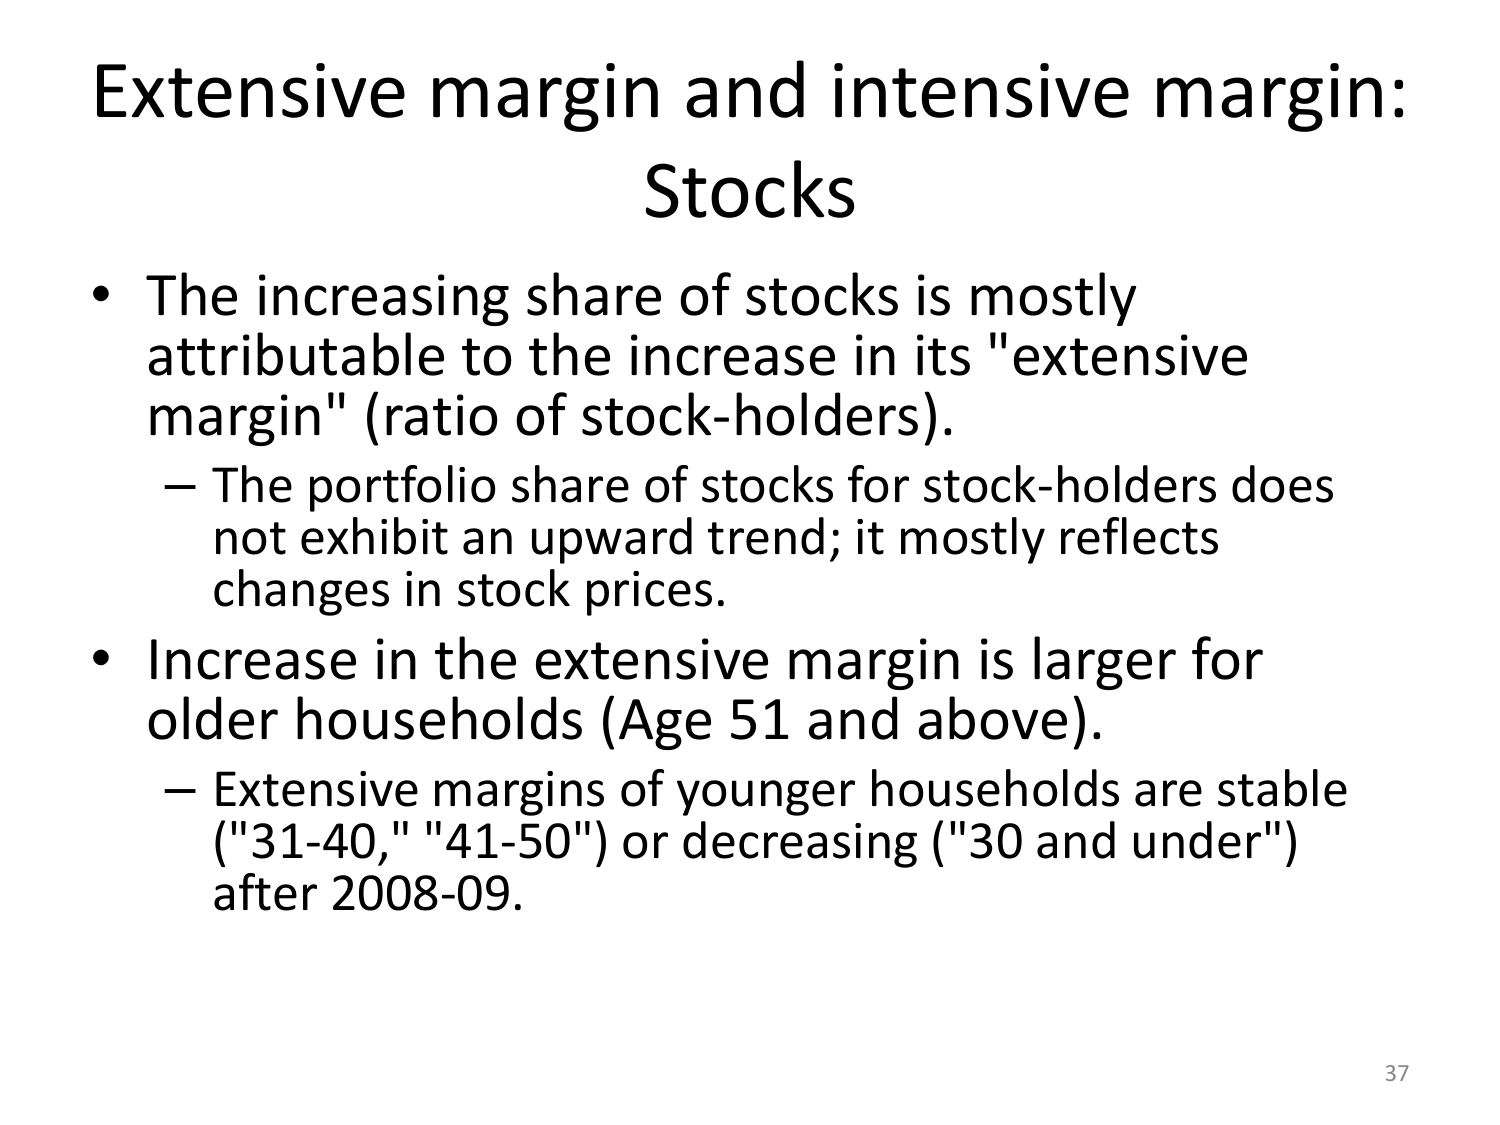
Extensive margin and intensive margin:
Stocks

• The increasing share of stocks is mostly attributable to the increase in its "extensive margin" (ratio of stock-holders).
– The portfolio share of stocks for stock-holders does not exhibit an upward trend; it mostly reflects changes in stock prices.

• Increase in the extensive margin is larger for older households (Age 51 and above).
– Extensive margins of younger households are stable ("31-40," "41-50") or decreasing ("30 and under") after 2008-09.

37